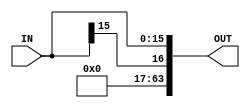
module sign_extender16to64(IN, OUT);

input [15:0] IN;
output [63:0] OUT;

assign OUT[63:16] = IN[15];
assign OUT[15:0] = IN[15:0];

endmodule

// OUT(63:0) = SE(IN(15:0))

// OUT(63:16) = IN(15)
// OUT(15:0) = IN(15:0)